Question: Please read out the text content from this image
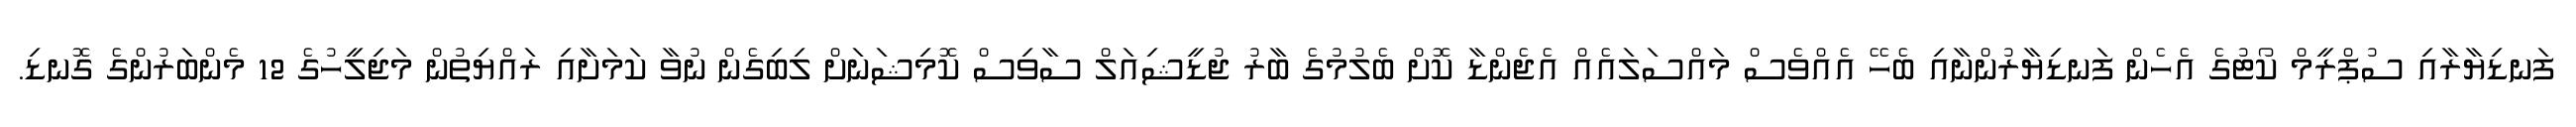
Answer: ފަނޑިޔާރާއި ސުޕްރީމް ކޯޓުގެ އެހެން ފަނޑިޔާރުންނާއި ބެހޭ އެއްވެސް މައްސަލައެއް އެޖެންޑާ ކޮށް ބެލުމުގެ ބާރު ޖުޑީޝިއަލް ސާވިސް ކޮމިޝަނަށް ލިބިގެން ނުވާ ކަމަށާއި ރައްޔިތުން މަޖިލީހުގެ 12 މެންބަރުންގެ ގޮނޑި.